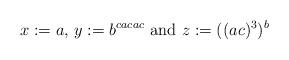
LaTeX: \begin{align*}x := a, \, y := b^{cacac} \textrm{ and } z := ((ac)^3)^b\end{align*}